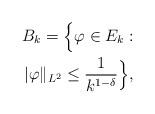
LaTeX: \begin{align*}B_k=\Big\{\varphi\in E_k:\\|\varphi\|_{L^2}\leq\frac{1}{k^{1-\delta}}\Big\},\end{align*}